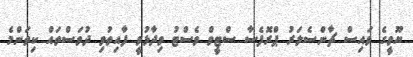
ޔޫވީގެ ވައިސް ޗާންސެލަރު ޕްރޮފެސާ ސްޓީވް ވެސްޓު ވިދާޅުވީ ފާއިތުވި ދުވަސްތައް ކިތަންމެ